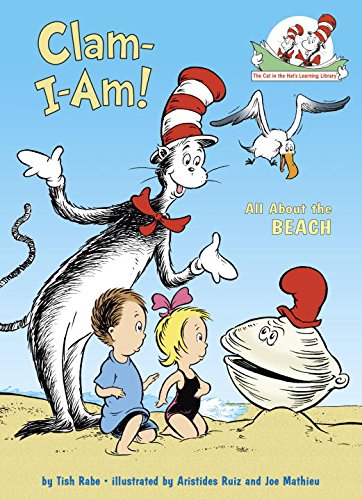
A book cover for Clam-I-Am!: All About the Beach (Cat in the Hat's Learning Library); Tish Rabe; Children's Books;